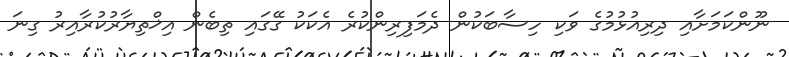
ނޫންކަމަށާއި ދިރިއުޅުމުގެ ވަކި ހިސާބަކުން ދެމަފިރިންކުރެ އެކަކު ގޭގައި ތިބެން އިޚްތިޔާރުކުރާއިރު ގިނަ